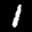
Label: 1